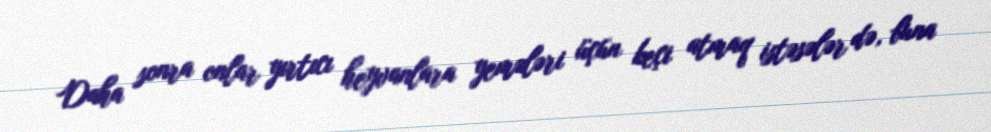
Daha sonra onlar yırtıcı heyvanlara yemələri üçün keçi atmaq istəsələr də, buna